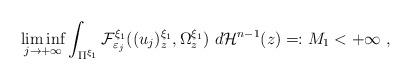
LaTeX: \begin{align*}\liminf_{j\rightarrow+\infty}\int_{\Pi^{\xi_{1}}}\mathcal{F}_{\varepsilon_{j}}^{\xi_{1}}((u_{j})_{z}^{\xi_{1}},\Omega_{z}^{\xi_{1}})~d\mathcal{H}^{n-1}(z)=:M_{1}<+\infty~, \end{align*}